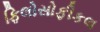
ફિલોસોફીકલ